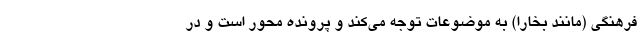
فرهنگی (مانند بخارا) به موضوعات توجه می‌کند و پرونده‌ محور است و در